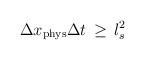
LaTeX: \begin{align*}\Delta x_{\rm phys} \Delta t \, \geq \, l_s^2\end{align*}